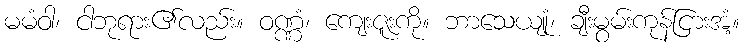
မမံဝါ၊ ငါဘုရား၏လည်း။ ဝဏ္ဏံ၊ ကျေးဇူးကို။ ဘာသေယျုံ၊ ချီးမွမ်းကုန်ငြားအံ့။